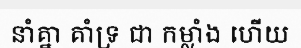
នាំគ្នា គាំទ្រ ជា កម្លាំង ហើយ